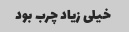
خیلی زیاد چرب بود